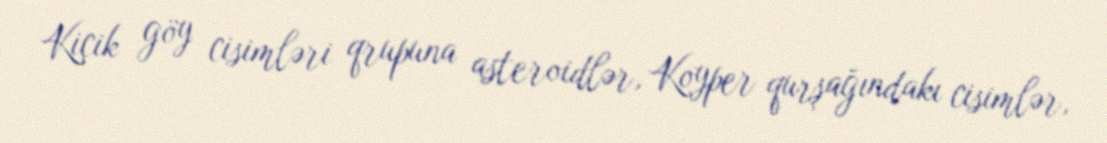
Kiçik göy cisimləri qrupuna asteroidlər, Koyper qurşağındakı cisimlər,